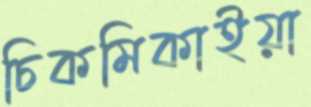
চিকমিকাইয়া